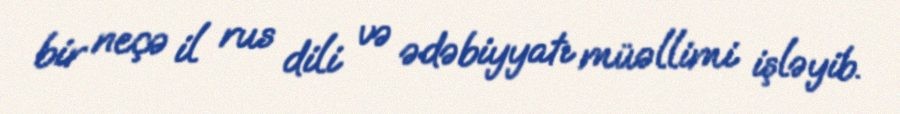
bir neçə il rus dili və ədəbiyyatı müəllimi işləyib.